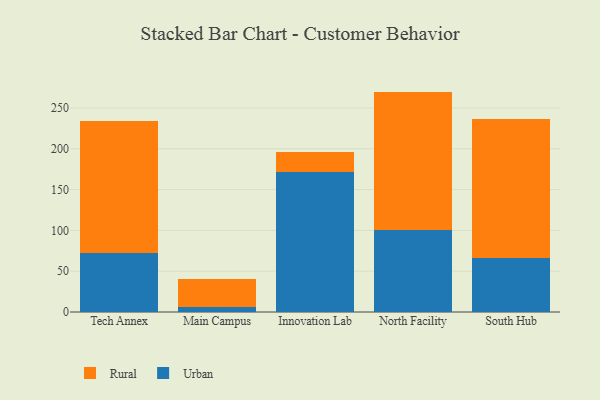
{"axis": {"x": "Campus", "y": "Latency (ms)"}, "legend": ["Rural", "Urban"], "data": [{"x": "Tech Annex", "y": 71.9, "type": "Urban"}, {"x": "Tech Annex", "y": 162.3, "type": "Rural"}, {"x": "Main Campus", "y": 6.3, "type": "Urban"}, {"x": "Main Campus", "y": 34.3, "type": "Rural"}, {"x": "Innovation Lab", "y": 171.4, "type": "Urban"}, {"x": "Innovation Lab", "y": 25.2, "type": "Rural"}, {"x": "North Facility", "y": 100.5, "type": "Urban"}, {"x": "North Facility", "y": 169.5, "type": "Rural"}, {"x": "South Hub", "y": 66.0, "type": "Urban"}, {"x": "South Hub", "y": 170.2, "type": "Rural"}]}